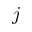
j